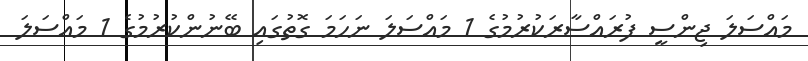
މައްސަލަ ޖިންސީ ފުރައްސާރަކުރުމުގެ 1 މައްސަލަ ނަހަމަ ގޮތުގައި ބޭނުންކުރުމުގެ 1 މައްސަލަ